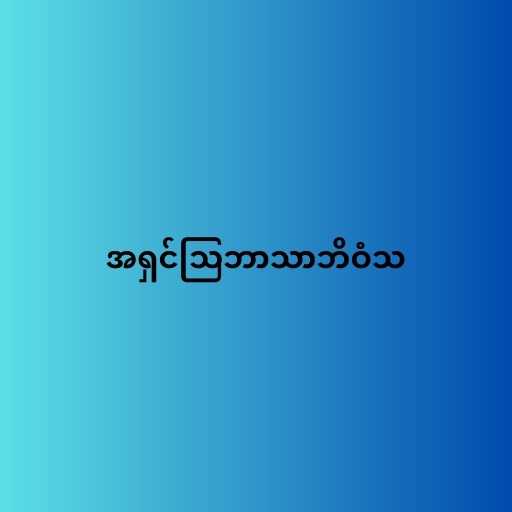
အရှင်သြဘာသာဘိဝံသ